Report on vaccination in the Province of Bengal - 1869-1873
Year: 1869
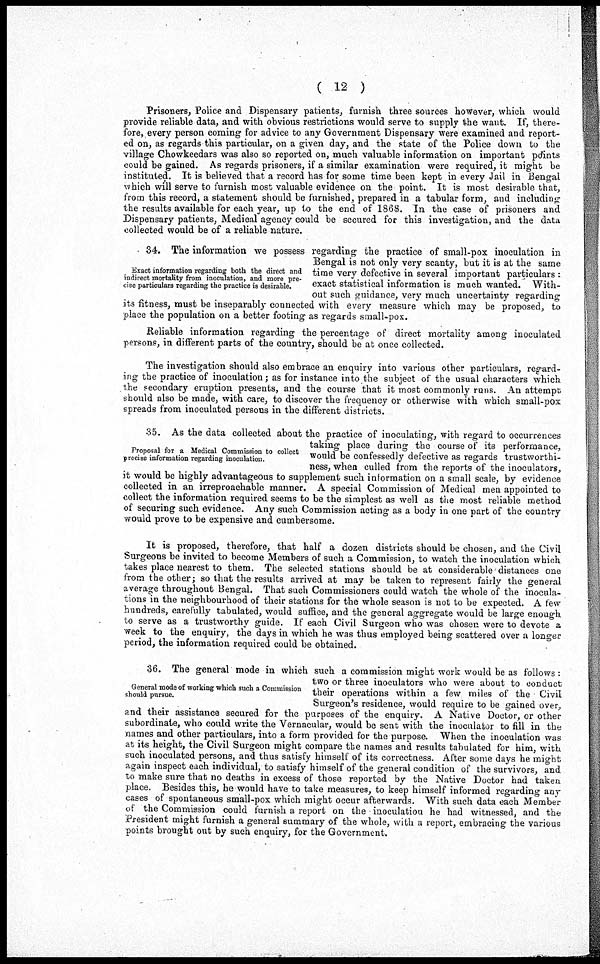
( 12 )
Prisoners, Police and Dispensary patients, furnish three sources however, which would
provide reliable data, and with obvious restrictions would serve to supply the want. If, there-
fore, every person coming for advice to any Government Dispensary were examined and report-
ed on, as regards this particular, on a given day, and the state of the Police down to the
village Chowkeedars was also so reported on, much valuable information on important pdints
could be gained. As regards prisoners, if a similar examination were required, it might be
instituted. It is believed that a record has for some time been kept in every Jail in Bengal
which will serve to furnish most valuable evidence on the point. It is most desirable that,
from this record, a statement should be furnished, prepared in a tabular form, and including
the results available for each year, up to the end of 1868. In the case of prisoners and
Dispensary patients, Medical agency could be secured for this investigation, and the data
collected would be of a reliable nature.
Exact information regarding both the direct and
indirect mortality from inoculation, and more pre-
cise particulars regarding the practice is desirable.
34. The information we possess regarding the practice of small-pox inoculation in
Bengal is not only very scanty, but it is at the same
time very defective in several important particulars :
exact statistical information is much wanted. With-
out such guidance, very much uncertainty regarding
its fitness, must be inseparably connected with every measure which may be proposed, to
place the population on a better footing as regards small-pox.
Reliable information regarding the percentage of direct mortality among inoculated
persons, in different parts of the country, should be at once collected.
The investigation should also embrace an enquiry into various other particulars, regard-
ing the practice of inoculation; as for instance into the subject of the usual characters which
the secondary eruption presents, and the course that it most commonly runs. An attempt
should also be made, with care, to discover the frequency or otherwise with which small-pox
spreads from inoculated persons in the different districts.
Proposal for a Medical Commission to collect
precise information regarding inoculation.
35. As the data collected about the practice of inoculating, with regard to occurrences
taking place during the course of its performance,
would be confessedly defective as regards trustworthi-
ness, when culled from the reports of the inoculators,
it would be highly advantageous to supplement such information on a small scale, by evidence
collected in an irreproachable manner. A special Commission of Medical men appointed to
collect the information required seems to be the simplest as well as the most reliable method
of securing such evidence. Any such Commission acting as a body in one part of the country
would prove to be expensive and cumbersome.
It is proposed, therefore, that half a dozen districts should be chosen, and the Civil
Surgeons be invited to become Members of such a Commission, to watch the inoculation which
takes place nearest to them. The selected stations should be at considerable' distances one
from the other; so that the results arrived at may be taken to represent fairly the general
average throughout Bengal. That such Commissioners could watch the whole of the inocula-
tions in the neighbourhood of their stations for the whole season is not to be expected. A few
hundreds, carefully tabulated, would suffice, and the general aggregate would be large enough
to serve as a trustworthy guide. If each Civil Surgeon who was chosen were to devote a
week to the enquiry, the days in which he was thus employed being scattered over a longer
period, the information required could be obtained.
General mode of working which such a Commission
should pursue.
36. The general mode in which such a commission might work would be as follows:
two or three inoculators who were about to conduct
their operations within a few miles of the Civil
Surgeon's residence, would require to be gained over,
and their assistance secured for the purposes of the enquiry. A Native Doctor, or other
subordinate, who could write the Vernacular, would be sent with the inoculator to fill in the
names and other particulars, into a form provided for the purpose. When the inoculation was
at its height, the Civil Surgeon might compare the names and results tabulated for him, with
such inoculated persons, and thus satisfy himself of its correctness. After some days he might
again inspect each individual, to satisfy himself of the general condition of the survivors, and
to make sure that no deaths in excess of those reported by the Native Doctor had taken
place. Besides this, he would have to take measures, to keep himself informed regarding any
cases of spontaneous small-pox which might occur afterwards. With such data each Member
of the Commission could furnish a report on the inoculation he had witnessed, and the
President might furnish a general summary of the whole, with a report, embracing the various
points brought out by such enquiry, for the Government.